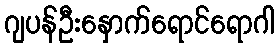
ဂျပန်ဦးနှောက်ရောင်ရောဂါ